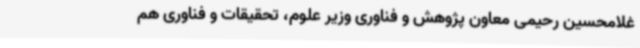
غلامحسین رحیمی معاون پژوهش و فناوری وزیر علوم، تحقیقات و فناوری هم